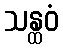
သန္ထဝံ